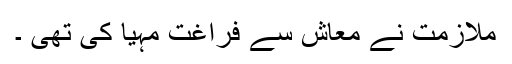
ملازمت نے معاش سے فراغت مہیا کی تھی ۔